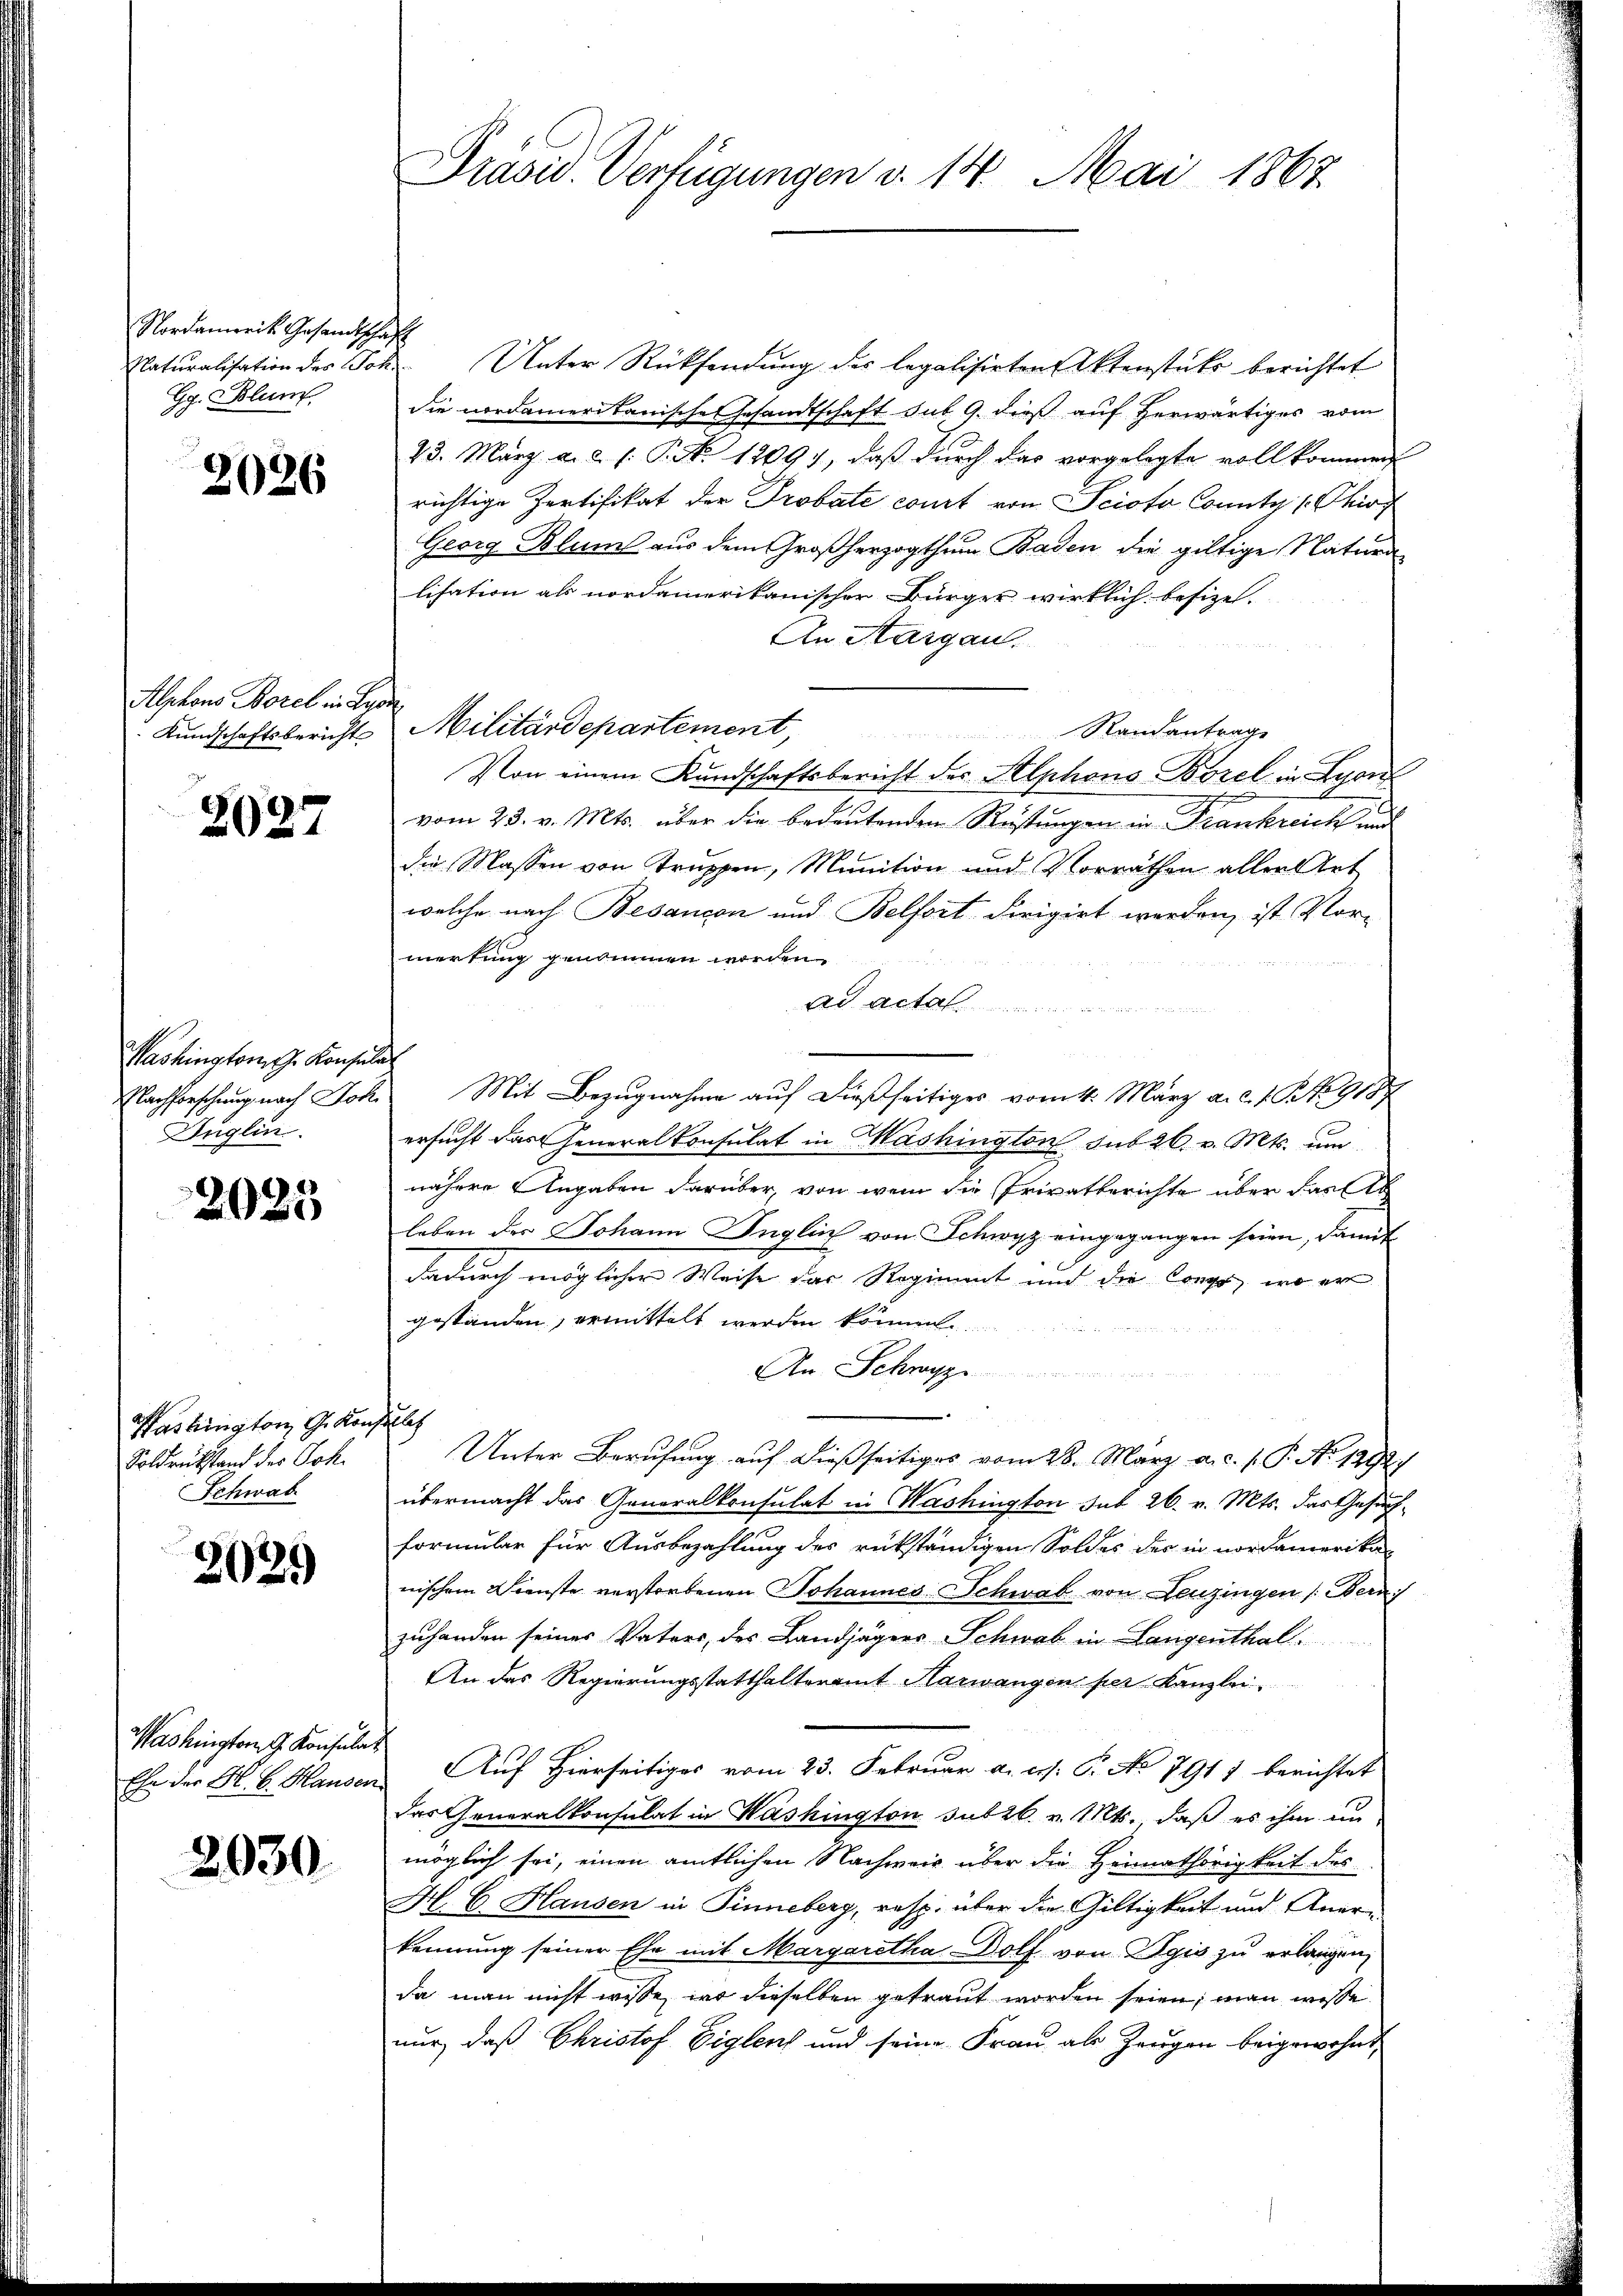
Nordanweit Gesandtschaft
Naturalisation des Joh
G. Blum

2026

Alphons Borel in Leon

2027

Washington G. Konse
Anglin

2025

ashington G. Kor
Soldreitstand der Joh.
Schwab

202.

Washington G. Konsula
Ehe der H. B. Hauser

2030

Präsid. Verfügungen v. 14. Mai 1867

Unter Rücksendung der legalisirten Aktenstücke berichtet
die nordamerikanische Gesandtschaft sub 9. dieß auf herwärtiges vom
23. März a.c. s. P. Nr. 1209), daß durch das vorgelegte vollkommen
richtige Zertifikat der Probate court von Scioso County (Chir
Georg Blum aus dem Großherzogthum Baden die giltige Natura
lisation als nordamerikanischer Bürger wirklich besizel.
An Aargau.
Randantrag
Von einem Kundschaftsbericht des Alphons Borel in Bean
vom 23. v. Mts. über die bedeutenden Rüstungen in Frankreich und
die Massen von Truppen, Munition und Vorräthen aller Art
welche nach Besançon und Belfort dirigirt werden, ist Vor-
merkung genommen worden.
ad acta
.
Nachforschung nach Joh. Mit Bezugnahme auf dießseitiges vom 1. März a. d. J. P. 9187
ersucht das Generalkonsulat in Washington sub 26. v. Mts. um
nähere Angaben darüber, von wem die Privatberichte über Falle
leben der Johann Inglich von Schwyz eingegangen seien, damit
dadurch möglicher Weise das Regiment und die Corps, wo er
gestanden, ermittelt werden können.

An Schwyz
efflich
Unter Berufung auf dießseitiges vom 28. März a.c. s. P. No 1392.)
übermacht das Generalkonsulat in Washington sub 26. v. Mts. das Gesuchformular für Ausbezahlung des rükständigen Soldes der in nordamerikar
nischem Dienste verstorbenen Johannes Schwab von Leuzingen (Bern
zuhanden seines Vaters, der Landjägers Schwab in Langenthal
An das Regierungsstatthalteramt Harwangen per Kanzlei
t
 Auf Hierseitiges vom 23. Februar a. p. C. No 7911 berichtet
das Generalkonsulat in Washington subzb. v. Mts. daß es ihm unmöglich sei, einen amtlichen Nachmeis über die Heimathörigkeit des
M. C. Hausen in Finneberg, resp. über die Gültigkeit und Aner-
kennung seiner Ehe mit Margaretha Dolf von Egis zu erlangen,
da man nicht wisse, wo dieselben getraut worden seien; man wisse
nur, daß Christof Eigen und seine Frau als Zeugen beigewohnt,

Kundschaftsbericht Militärdepartement,